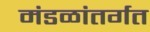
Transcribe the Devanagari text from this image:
मंडळांतर्गत